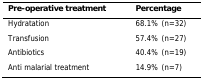
<table><thead><tr><td><b>Pre-operative treatment</b></td><td><b>Percentage</b></td></tr></thead><tbody><tr><td>Hydratation</td><td>68.1% (n=32)</td></tr><tr><td>Transfusion</td><td>57.4% (n=27)</td></tr><tr><td>Antibiotics</td><td>40.4% (n=19)</td></tr><tr><td>Anti malarial treatment</td><td>14.9% (n=7)</td></tr></tbody></table>